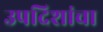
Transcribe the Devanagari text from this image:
उपदिशांचा